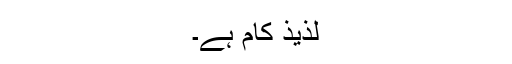
لذیذ کام ہے۔